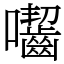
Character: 囓